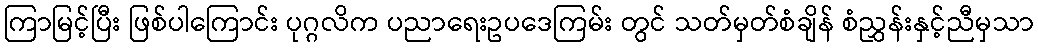
ကြာမြင့်ပြီး ဖြစ်ပါကြောင်း ပုဂ္ဂလိက ပညာရေးဥပဒေကြမ်း တွင် သတ်မှတ်စံချိန် စံညွှန်းနှင့်ညီမှသာ